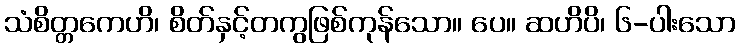
သံစိတ္တကေဟိ၊ စိတ်နှင့်တကွဖြစ်ကုန်သော။ ပေ။ ဆဟိပိ၊ ၆-ပါးသော